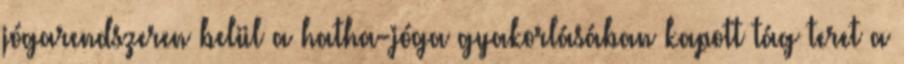
jógarendszeren belül a hatha-jóga gyakorlásában kapott tág teret a